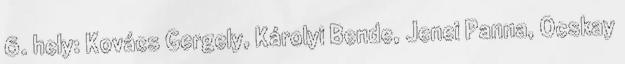
6. hely: Kovács Gergely, Károlyi Bende, Jenei Panna, Ocskay